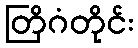
တြိဂံတိုင်း